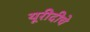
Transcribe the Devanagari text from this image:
यूरीदीचे